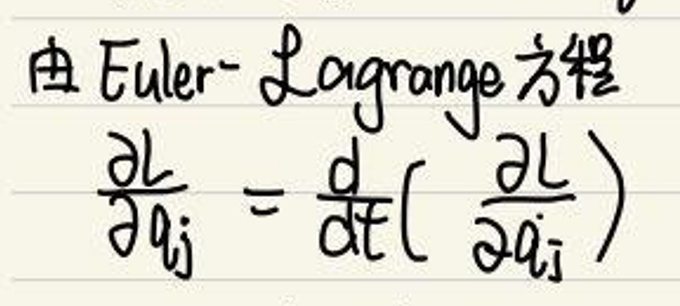
由Euler - Lagrange方程
\[
\frac{\partial L}{\partial q_j} = \frac{d}{dt}\left( \frac{\partial L}{\partial \dot{q}_j} \right)
\]